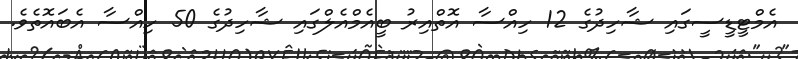
އެމްޓީޑީސީގައި ޝާހިދުގެ 12 ހިއްސާ އޮތްއިރު ބީއެމްއެލްގައި ޝާހިދުގެ 50 ހިއްސާ އެބައޮތެވެ.